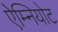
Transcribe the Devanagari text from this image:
ऐम्नियोट